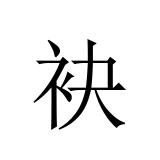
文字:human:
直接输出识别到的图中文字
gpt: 袂